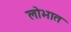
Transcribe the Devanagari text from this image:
लोभात